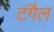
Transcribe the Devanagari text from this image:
टंगैल